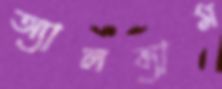
অ্যালব্যাম